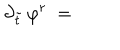
\partial _ { \tilde { t } } \, \varphi ^ { r } \; = \;